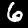
Label: 6